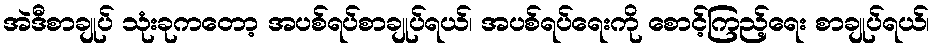
အဲဒီစာချုပ် သုံးခုကတော့ အပစ်ရပ်စာချုပ်ရယ်၊ အပစ်ရပ်ရေးကို စောင့်ကြည့်ရေး စာချုပ်ရယ်၊